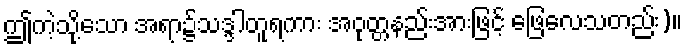
ဤကဲ့သို့သော အရာ၌သဒ္ဒါတူရကား အဝုတ္တနည်းအားဖြင့် ဖြေလေသတည်း)။